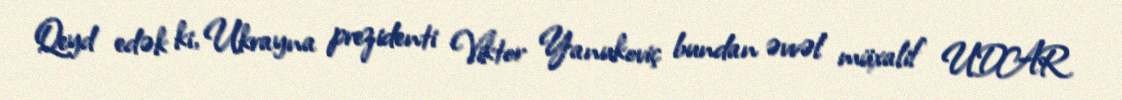
Qeyd edək ki, Ukrayna prezidenti Viktor Yanukoviç bundan əvvəl müxalif UDAR